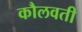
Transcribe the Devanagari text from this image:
कौलवती